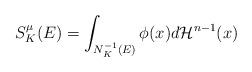
LaTeX: \begin{align*} S^{\mu}_K(E)=\int_{N_K^{-1}(E)}\phi(x)d\mathcal{H}^{n-1}(x)\end{align*}